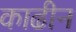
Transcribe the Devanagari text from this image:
काढीन